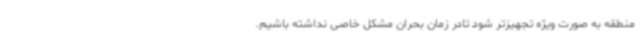
منطقه به صورت ویژه تجهیزتر شود تادر زمان بحران مشکل خاصی نداشته باشیم.